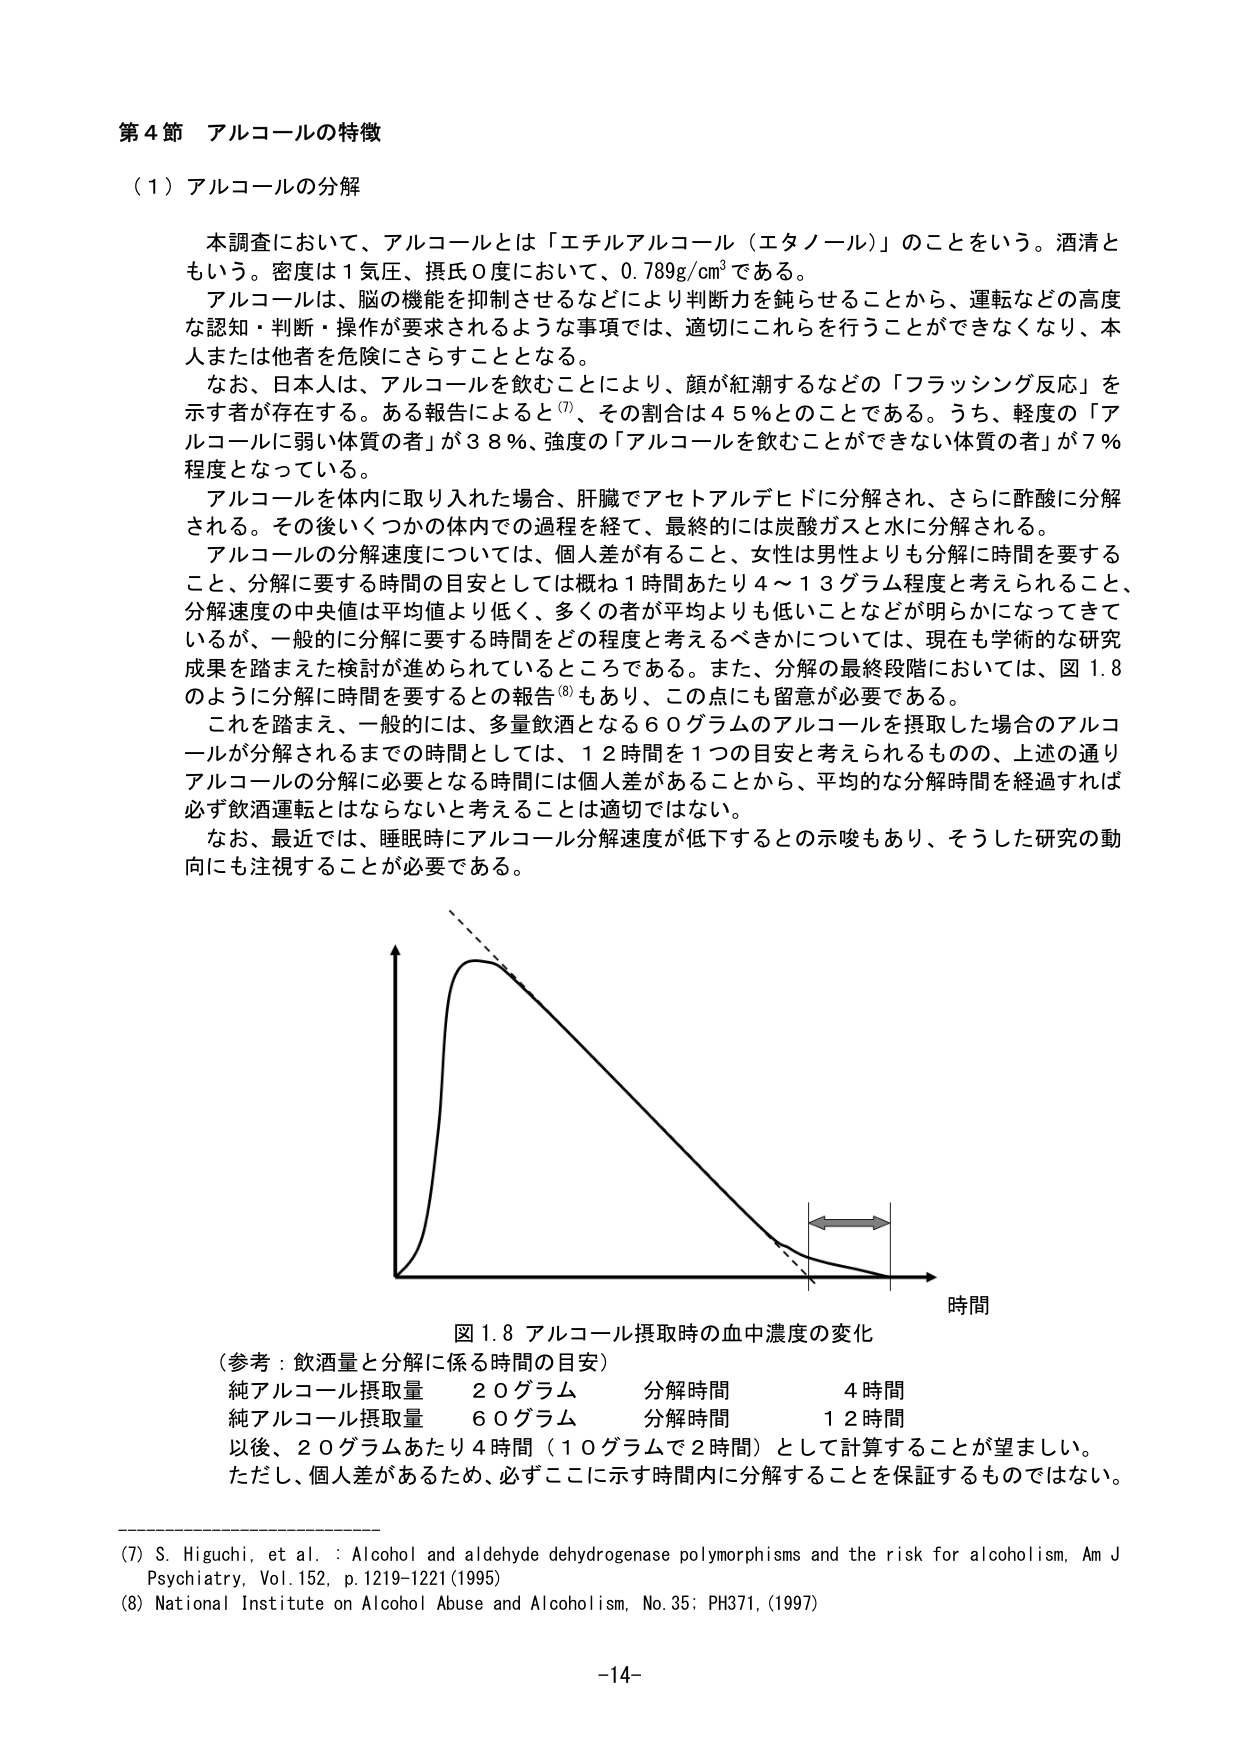
第４節 アルコールの特徴

（１）アルコールの分解

本調査において、アルコールとは「エチルアルコール（エタノール）」のことをいう。酒清ともいう。密度は１気圧、摂氏０度において、0.789g/cm³である。

アルコールは、脳の機能を抑制させるなどにより判断力を鈍らせることから、運転などの高度な認知・判断・操作が要求されるような事項では、適切にこれらを行うことができなくなり、本人または他者を危険にさらすこととなる。

なお、日本人は、アルコールを飲むことにより、顔が紅潮するなどの「フラッシング反応」を示す者が存在する。ある報告によると(7)、その割合は４５％とのことである。うち、軽度の「アルコールに弱い体質の者」が３８％、強度の「アルコールを飲むことができない体質の者」が７％程度となっている。

アルコールを体内に取り入れた場合、肝臓でアセトアルデヒドに分解され、さらに酢酸に分解される。その後いくつかの体内での過程を経て、最終的には炭酸ガスと水に分解される。

アルコールの分解速度については、個人差が有ること、女性は男性よりも分解に時間を要すること、分解に要する時間の目安としては概ね１時間あたり４～１３グラム程度と考えられること、分解速度の中央値は平均値より低く、多くの者が平均よりも低いことなどが明らかになってきて いるが、一般的に分解に要する時間をどの程度と考えるべきかについては、現在も学術的な研究成果を踏まえた検討が進められているところである。また、分解の最終段階においては、図1.8のように分解に時間を要するとの報告(8)もあり、この点にも留意が必要である。

これを踏まえ、一般的には、多量飲酒となる６０グラムのアルコールを摂取した場合のアルコールが分解されるまでの時間としては、１２時間を１つの目安と考えられるものの、上述の通りアルコールの分解に必要となる時間には個人差があることから、平均的な分解時間を経過すれば必ず飲酒運転とはならないと考えることは適切ではない。

なお、最近では、睡眠時にアルコール分解速度が低下するとの示唆もあり、そうした研究の動向にも注視することが必要である。

図1.8 アルコール摂取時の血中濃度の変化
（参考：飲酒量と分解に係る時間の目安）
純アルコール摂取量　２０グラム　分解時間　４時間
純アルコール摂取量　６０グラム　分解時間　１２時間
以後、２０グラムあたり４時間（１０グラムで２時間）として計算することが望ましい。
ただし、個人差があるため、必ずここに示す時間内に分解することを保証するものではない。

(7) S. Higuchi, et al. : Alcohol and aldehyde dehydrogenase polymorphisms and the risk for alcoholism, Am J Psychiatry, Vol.152, p.1219-1221 (1995)
(8) National Institute on Alcohol Abuse and Alcoholism, No.35: PH371, (1997)

-14-